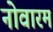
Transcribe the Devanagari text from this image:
नोवारम